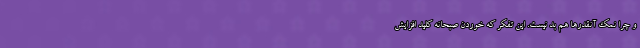
و چرا نمک آنقدر‌ها هم بد نیست. این تفکر که خوردن صبحانه کلید افزایشِ